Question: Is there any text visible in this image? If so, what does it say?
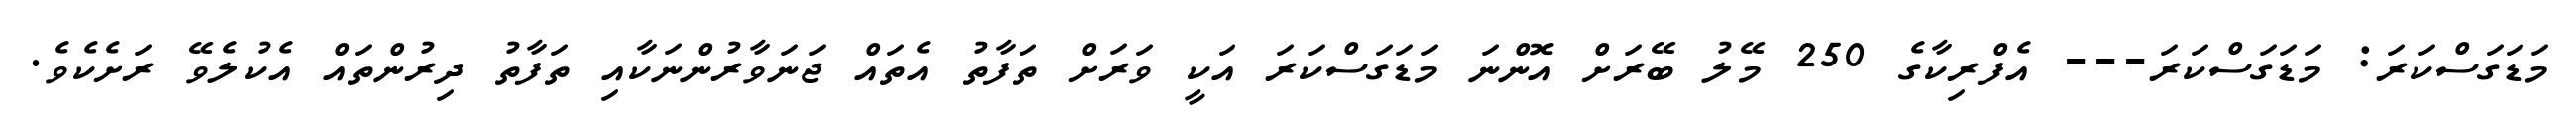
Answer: މަޑަގަސްކަރަ: މަޑަގަސްކަރަ--- އެފްރިކާގެ 250 މޭލު ބޭރަށް އޮންނަ މަޑަގަސްކަރަ އަކީ ވަރަށް ތަފާތު އެތައް ޖަނަވާރުންނަކާއި ތަފާތު ދިރުންތައް އެކުލެވޭ ރަށެކެވެ.